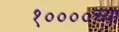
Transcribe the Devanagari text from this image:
१००००च्या